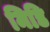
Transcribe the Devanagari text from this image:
मिडि